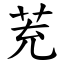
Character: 茺